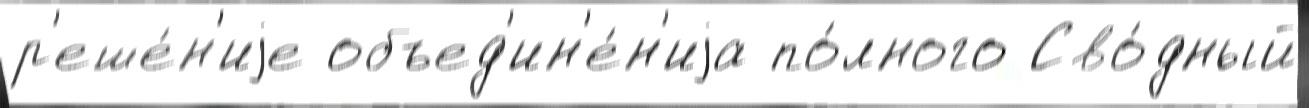
р'еше́н'иjе объед'ин'е́н'иjа по́лного Сво́дный